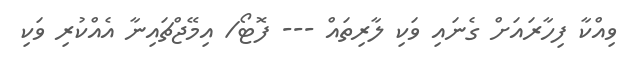
ވިއްކާ ފިހާރައަށް ގެނައި ވަކި ލާރިތައް --- ފޮޓޯ/ އިމޭޖްޗައިނާ އެއްކުރި ވަކި